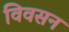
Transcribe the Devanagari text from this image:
विवसन